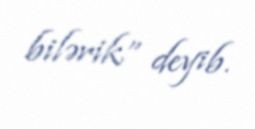
bilərik” deyib.